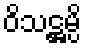
ဝိသဋ္ဌမ္ပိ